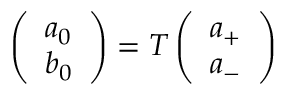
\begin{array} { r } { \left( \begin{array} { l } { a _ { 0 } } \\ { b _ { 0 } } \end{array} \right) = T \left( \begin{array} { l } { a _ { + } } \\ { a _ { - } } \end{array} \right) } \end{array}